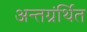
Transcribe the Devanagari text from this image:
अन्‍तग्रंर्थित